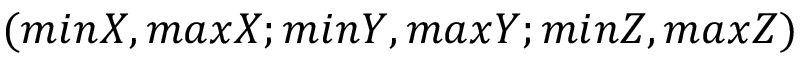
( m i n X , m a x X ; m i n Y , m a x Y ; m i n Z , m a x Z )